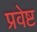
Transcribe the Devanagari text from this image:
प्रवेष्ट